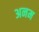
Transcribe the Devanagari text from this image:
अनम